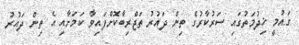
ގައުމީ ޚިދުމަތުގައި ސަރުކާރުގެ ތިން ދައުރު ތަޖްރިބާކޮށްފައިވާ ކަމަށާއި އެ ތިން ދައުރު